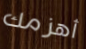
أهزمك